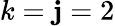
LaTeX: k=\mathbf{j}=2